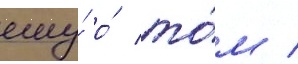
ему́ о́ то́м /